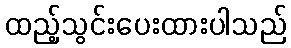
ထည့်သွင်းပေးထားပါသည်